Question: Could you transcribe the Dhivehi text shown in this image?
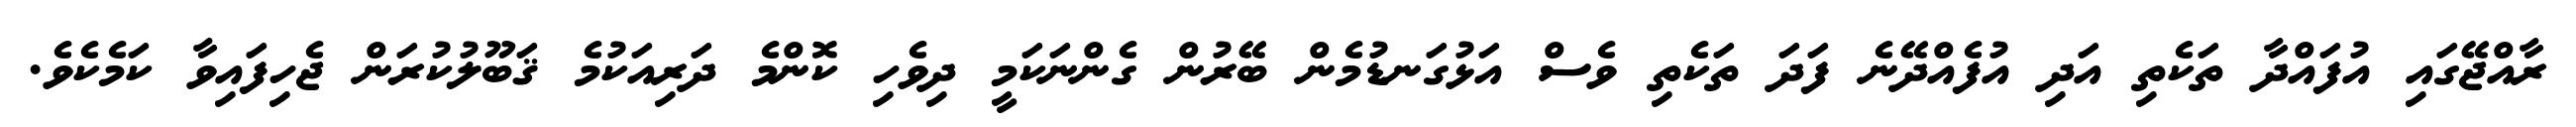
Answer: ރާއްޖޭގައި އުފައްދާ ތަކެތި އަދި އުފެއްދޭނެ ފަދަ ތަކެތި ވެސް އަޅުގަނޑުމެން ބޭރުން ގެންނަކަމީ ދިވެހި ކޮންމެ ދަރިއަކުމެ ޤަބޫލުކުރަން ޖެހިފައިވާ ކަމެކެވެ.